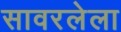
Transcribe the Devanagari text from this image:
सावरलेला